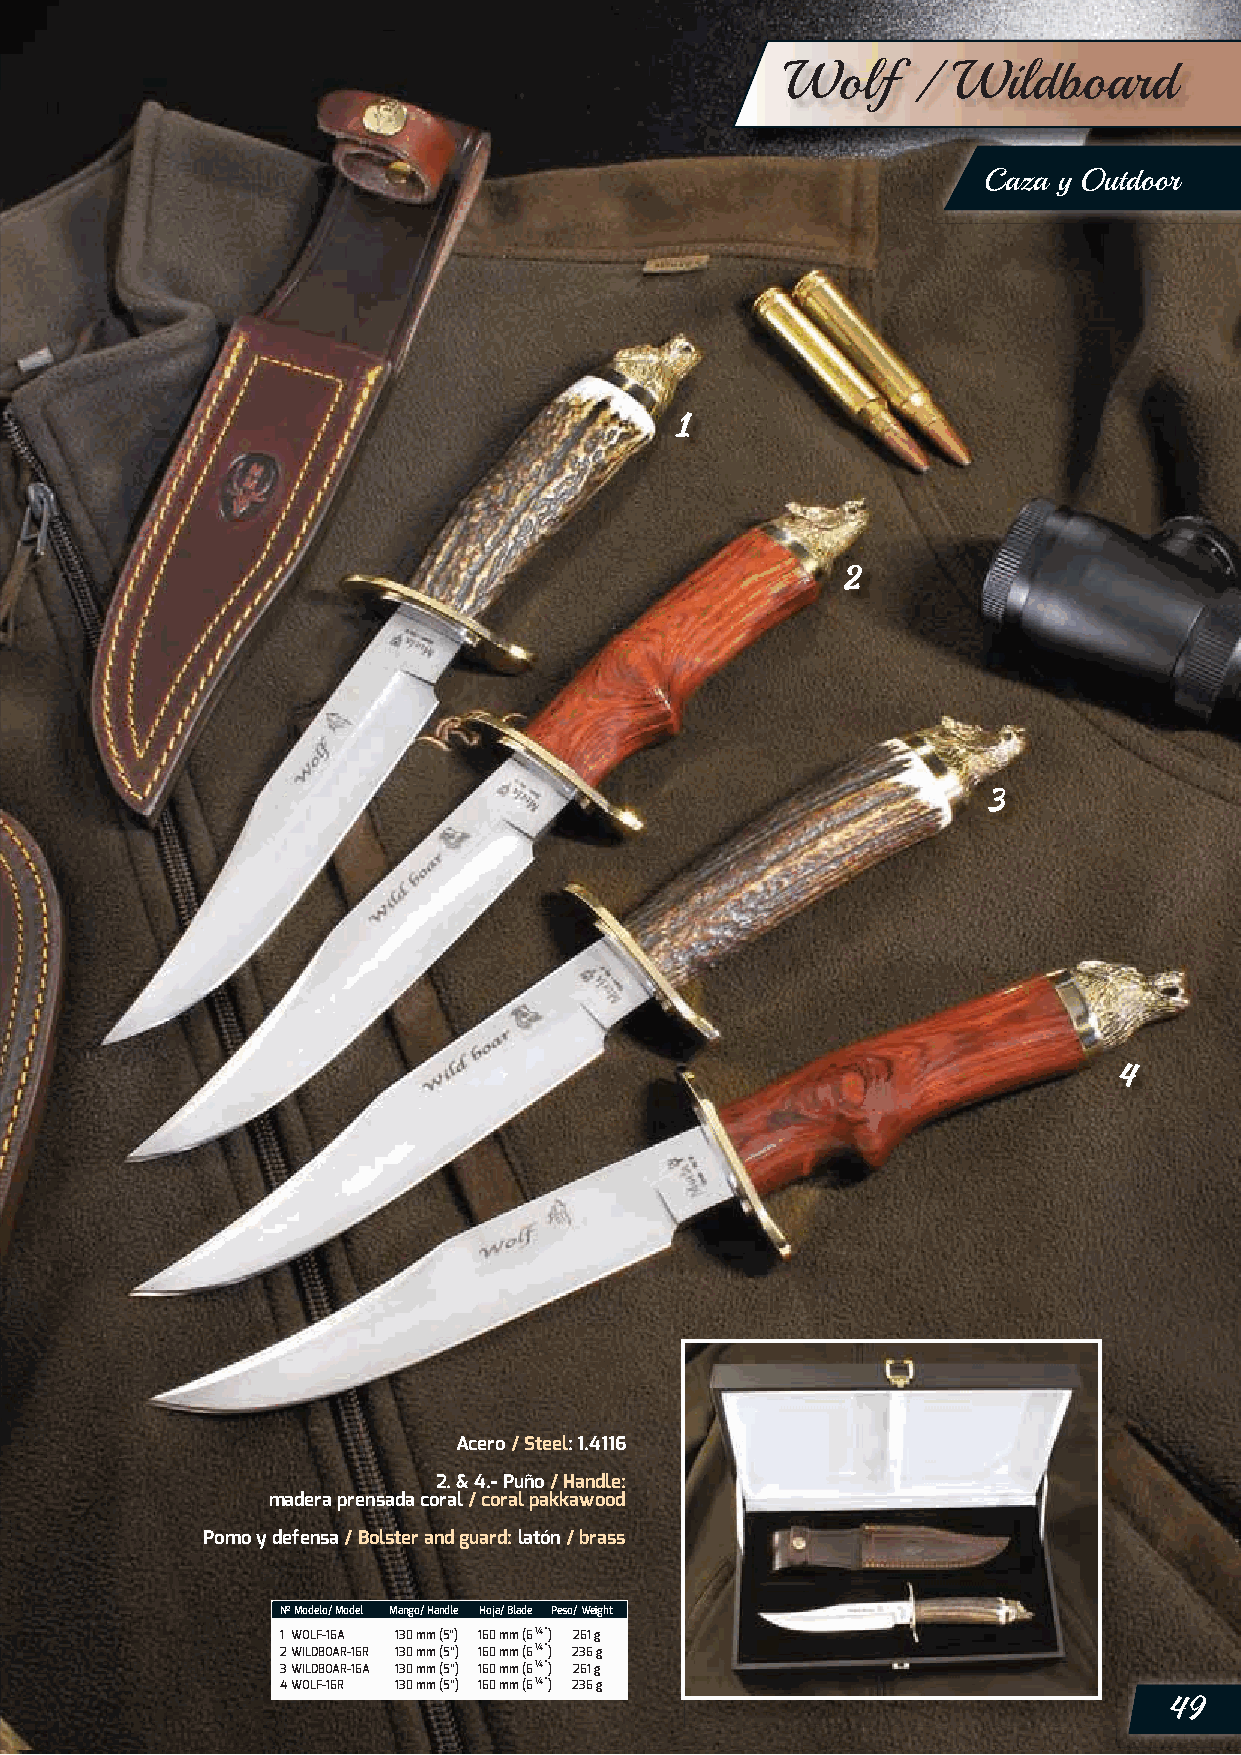
Wolf    /  Wildboard
 Caza y Outdoor
 Acero / Steel: 1.4116
 2. & 4.- Puño / Handle:
 madera prensada coral / coral pakkawood
 Pomo y defensa / Bolster and guard: latón / brass
 Nº Modelo/ Model Mango/ Handle Hoja/ Blade Peso/ Weight
 1 WOLF-16A 130 mm (5”) 160 mm (6 ¼”) 261 g
 2 WILDBOAR-16R 130 mm (5”) 160 mm (6 ¼”) 236 g
 3 WILDBOAR-16A 130 mm (5”) 160 mm (6 ¼”) 261 g
 4 WOLF-16R 130 mm (5”) 160 mm (6 ¼”) 236 g
 49